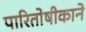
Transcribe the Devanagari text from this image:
पारितोषीकाने